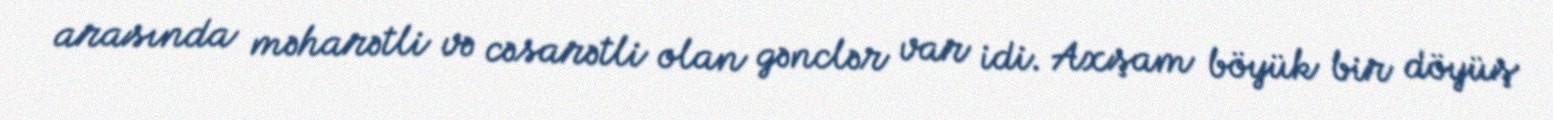
arasında məharətli və cəsarətli olan gənclər var idi. Axşam böyük bir döyüş